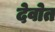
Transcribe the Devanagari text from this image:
देवोत